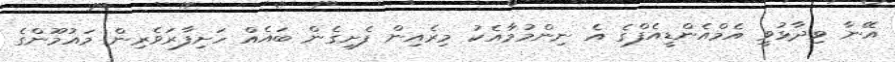
އޭނާ ވިދާޅުވީ އެމްއެންޑީއެފްގެ އެ ނިންމުމާއެކު މިރެއިން ފެށިގެން ބައެއް ހަށިފާރަވެރިން މައުމޫންގެ